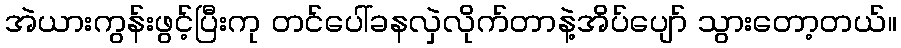
အဲယားကွန်းဖွင့်ပြီးကု တင်ပေါ်ခနလှဲလိုက်တာနဲ့အိပ်ပျော် သွားတော့တယ်။